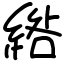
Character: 綹